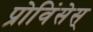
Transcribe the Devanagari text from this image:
प्रोविंसेस्